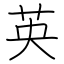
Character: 英